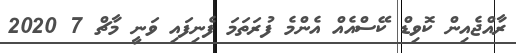
ރާއްޖެއިން ކޮވިޑް ކޭސްއެއް އެންމެ ފުރަތަމަ ފެނިފައި ވަނީ މާޗް 7 2020